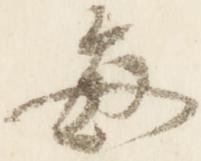
毎